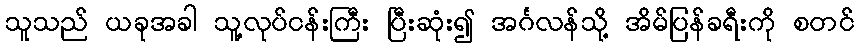
သူသည် ယခုအခါ သူ့လုပ်ငန်းကြီး ပြီးဆုံး၍ အင်္ဂလန်သို့ အိမ်ပြန်ခရီးကို စတင်